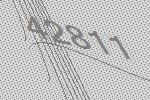
42811